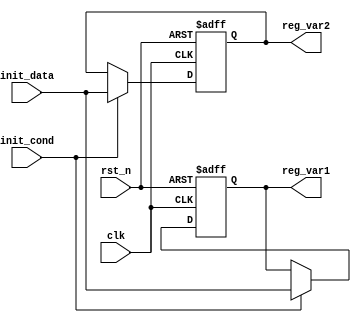
module ConditionalInitialization (
    input wire clk,             // Clock signal
    input wire rst_n,           // Active low reset signal
    input wire init_cond,       // Initialization condition signal
    input wire [7:0] init_data, // Data input for initialization
    output reg [7:0] reg_var1,  // First register to be initialized
    output reg [7:0] reg_var2   // Second register to be initialized
);

    // Initialization default values
    localparam DEFAULT_VAR1 = 8'h00;
    localparam DEFAULT_VAR2 = 8'hFF;

    // Always block for conditional initialization
    always @(posedge clk or negedge rst_n) begin
        if (!rst_n) begin
            // Asynchronous reset
            reg_var1 <= DEFAULT_VAR1;
            reg_var2 <= DEFAULT_VAR2;
        end else if (init_cond) begin
            // Conditional initialization
            reg_var1 <= init_data;  // Initialize reg_var1 with init_data
            reg_var2 <= init_data;  // Initialize reg_var2 with init_data
        end
        // No else condition needed to retain current values if init_cond is low
    end

endmodule